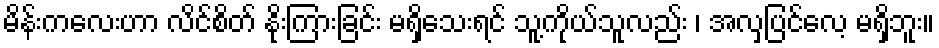
မိန်းကလေးဟာ လိင်စိတ် နိုးကြားခြင်း မရှိသေးရင် သူ့ကိုယ်သူလည်း ၊ အလှပြင်လေ့ မရှိဘူး။